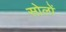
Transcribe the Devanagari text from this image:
सोलों